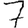
Digit: 7